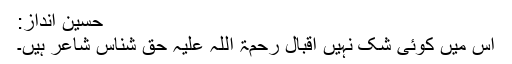
حسین انداز:
اس میں کوئی شک نہیں اقبال رحمۃ اللہ علیہ حق شناس شاعر ہیں۔